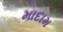
માદામ